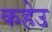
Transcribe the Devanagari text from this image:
कहेउ